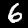
Label: 6